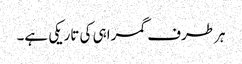
ہر طرف گمراہی کی تاریکی ہے۔